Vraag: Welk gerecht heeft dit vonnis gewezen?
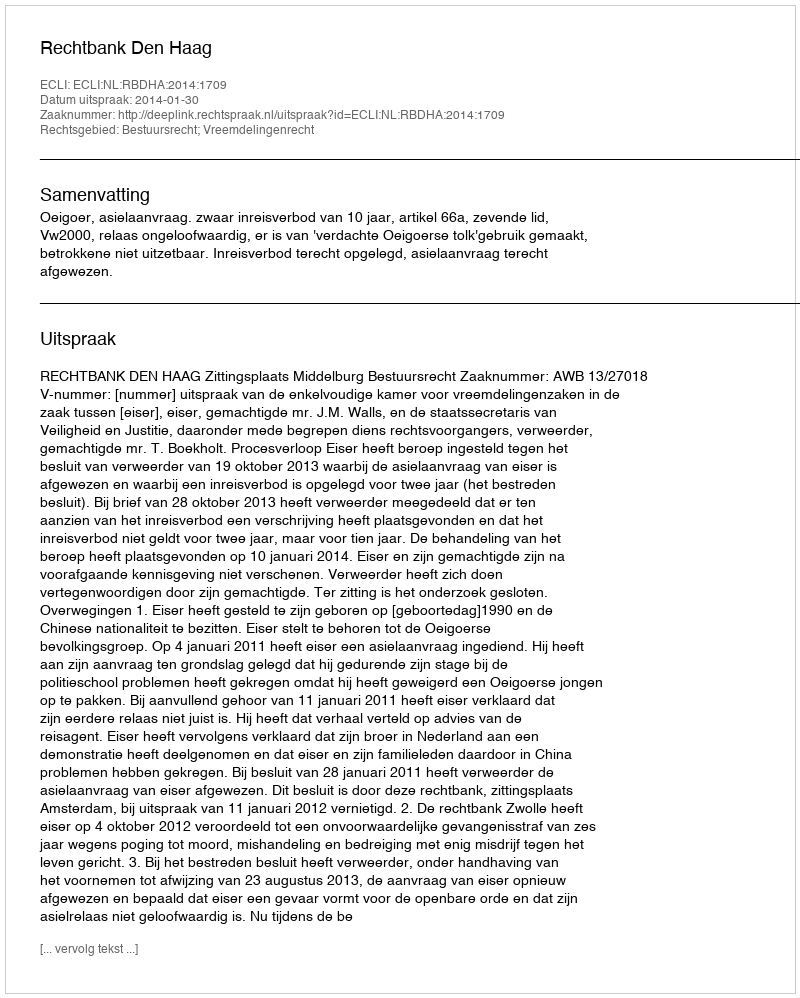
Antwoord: Rechtbank Den Haag